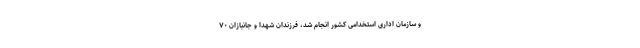
و سازمان اداری استخدامی کشور انجام شد، فرزندان شهدا و جانبازان ۷۰